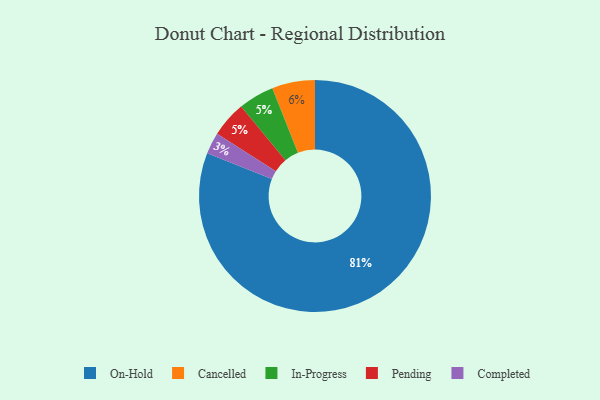
{"axis": {"x": "Category", "y": "Percentage"}, "legend": ["Cancelled", "Completed", "In-Progress", "On-Hold", "Pending"], "data": [{"x": "Cancelled", "y": 6, "type": "Cancelled"}, {"x": "On-Hold", "y": 81, "type": "On-Hold"}, {"x": "In-Progress", "y": 5, "type": "In-Progress"}, {"x": "Pending", "y": 5, "type": "Pending"}, {"x": "Completed", "y": 3, "type": "Completed"}]}